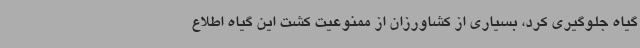
گیاه جلوگیری کرد، بسیاری از کشاورزان از ممنوعیت کشت این گیاه اطلاع